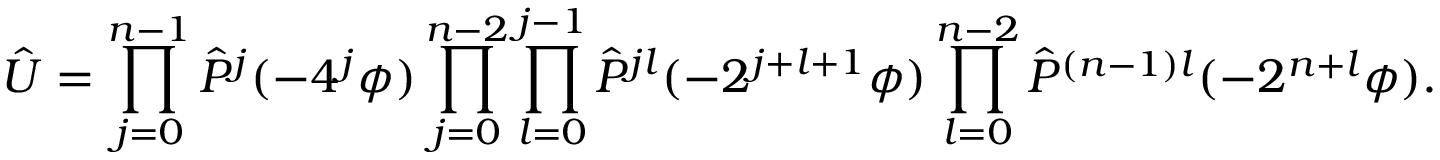
\hat { U } = \prod _ { j = 0 } ^ { n - 1 } \hat { P } ^ { j } ( - 4 ^ { j } \phi ) \prod _ { j = 0 } ^ { n - 2 } \prod _ { l = 0 } ^ { j - 1 } \hat { P } ^ { j l } ( - 2 ^ { j + l + 1 } \phi ) \prod _ { l = 0 } ^ { n - 2 } \hat { P } ^ { ( n - 1 ) l } ( - 2 ^ { n + l } \phi ) .